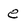
Character: e